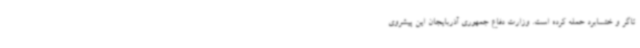
تاگر و ختسابرد حمله کرده است. وزارت دفاع جمهوری آذربایجان این پیشروی